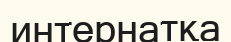
интернатқа